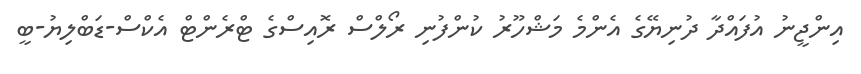
އިންޖީނު އުފައްދާ ދުނިޔޭގެ އެންމެ މަޝްހޫރު ކުންފުނި ރޯލްސް ރޮއިސްގެ ޓްރެންޓް އެކްސް-ޑަބްލިޔު-ބީ